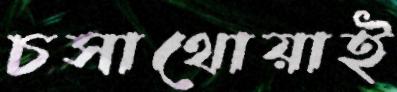
চসাথোয়াই